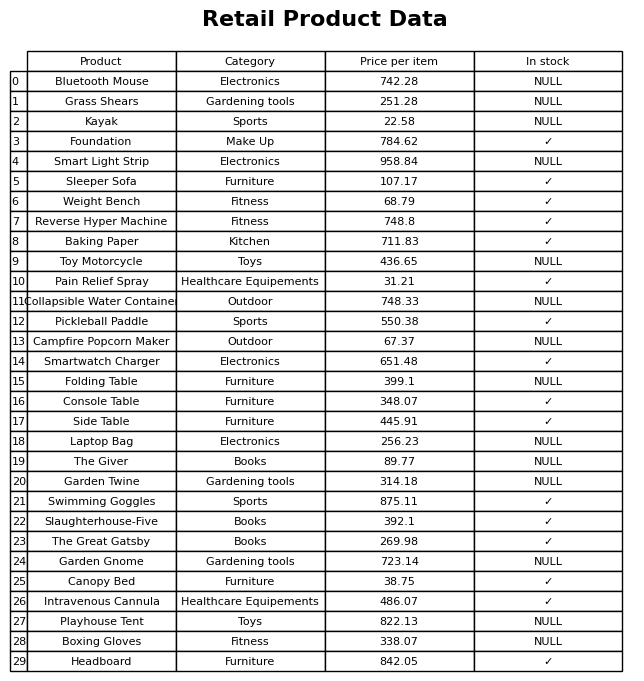
question: What is the price for Grass Shears?
answer: The price of Grass Shears is 251.28.